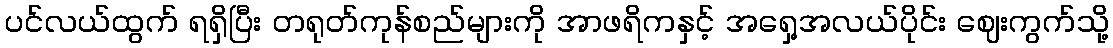
ပင်လယ်ထွက် ရရှိပြီး တရုတ်ကုန်စည်များကို အာဖရိကနှင့် အရှေ့အလယ်ပိုင်း ဈေးကွက်သို့